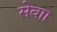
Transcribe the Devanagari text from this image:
सेवाा